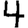
Digit: 4